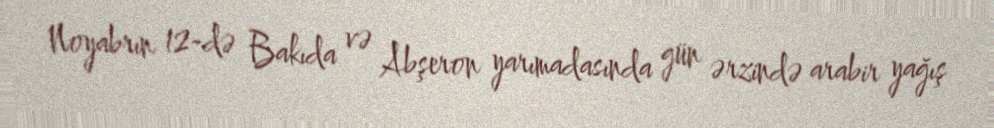
Noyabrın 12-də Bakıda və Abşeron yarımadasında gün ərzində arabir yağış